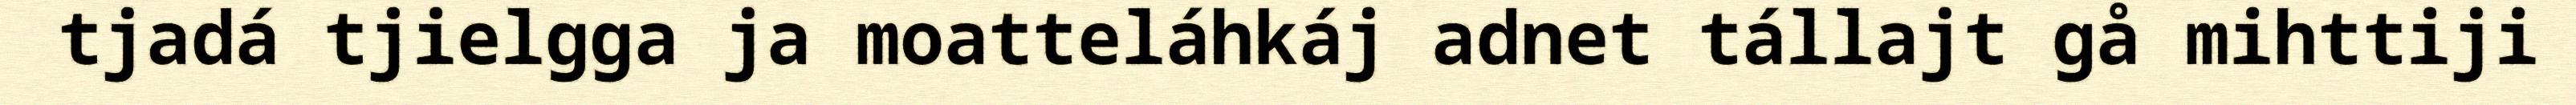
tjadá tjielgga ja moatteláhkáj adnet tállajt gå mihttiji